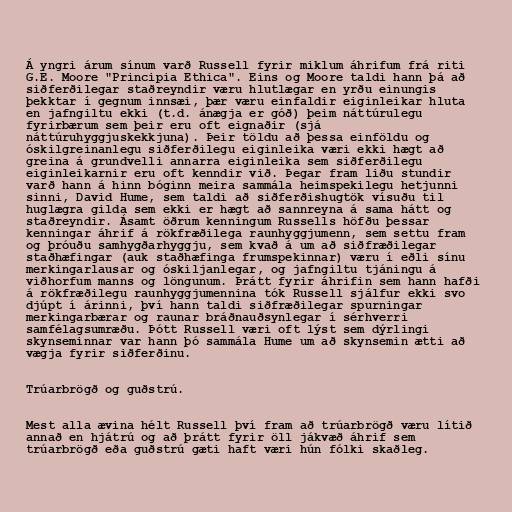
Á yngri árum sínum varð Russell fyrir miklum áhrifum frá riti
G.E. Moore "Principia Ethica". Eins og Moore taldi hann þá að
siðferðilegar staðreyndir væru hlutlægar en yrðu einungis
þekktar í gegnum innsæi, þær væru einfaldir eiginleikar hluta
en jafngiltu ekki (t.d. ánægja er góð) þeim náttúrulegu
fyrirbærum sem þeir eru oft eignaðir (sjá
náttúruhyggjuskekkjuna). Þeir töldu að þessa einföldu og
óskilgreinanlegu siðferðilegu eiginleika væri ekki hægt að
greina á grundvelli annarra eiginleika sem siðferðilegu
eiginleikarnir eru oft kenndir við. Þegar fram liðu stundir
varð hann á hinn bóginn meira sammála heimspekilegu hetjunni
sinni, David Hume, sem taldi að siðferðishugtök vísuðu til
huglægra gilda sem ekki er hægt að sannreyna á sama hátt og
staðreyndir. Ásamt öðrum kenningum Russells höfðu þessar
kenningar áhrif á rökfræðilega raunhyggjumenn, sem settu fram
og þróuðu samhygðarhyggju, sem kvað á um að siðfræðilegar
staðhæfingar (auk staðhæfinga frumspekinnar) væru í eðli sínu
merkingarlausar og óskiljanlegar, og jafngiltu tjáningu á
viðhorfum manns og löngunum. Þrátt fyrir áhrifin sem hann hafði
á rökfræðilegu raunhyggjumennina tók Russell sjálfur ekki svo
djúpt í árinni, því hann taldi siðfræðilegar spurningar
merkingarbærar og raunar bráðnauðsynlegar í sérhverri
samfélagsumræðu. Þótt Russell væri oft lýst sem dýrlingi
skynseminnar var hann þó sammála Hume um að skynsemin ætti að
vægja fyrir siðferðinu.

Trúarbrögð og guðstrú.

Mest alla ævina hélt Russell því fram að trúarbrögð væru lítið
annað en hjátrú og að þrátt fyrir öll jákvæð áhrif sem
trúarbrögð eða guðstrú gæti haft væri hún fólki skaðleg.